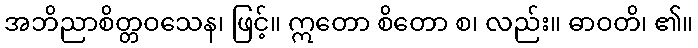
အဘိညာစိတ္တဝသေန၊ ဖြင့်။ ဣတော စိတော စ၊ လည်း။ ဓာဝတိ၊ ၏။